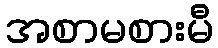
အစာမစားမီ